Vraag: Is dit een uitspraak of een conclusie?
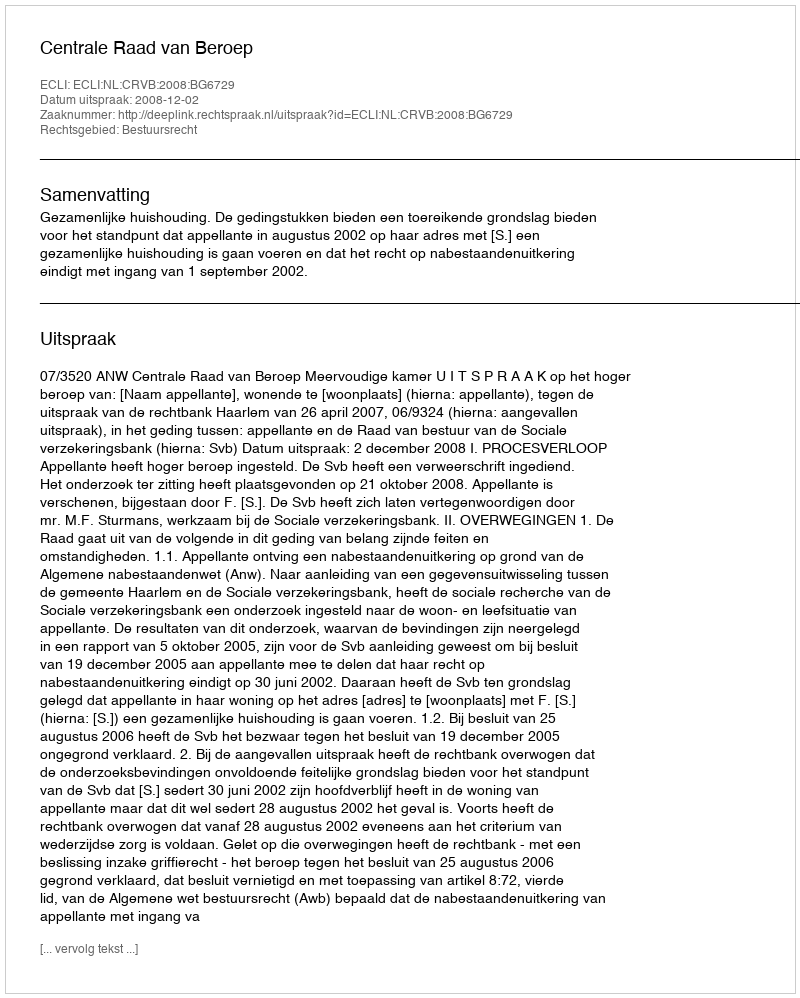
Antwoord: Uitspraak